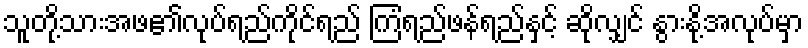
သူတို့သားအဖ၏လုပ်ရည်ကိုင်ရည် ကြံရည်ဖန်ရည်နှင့် ဆိုလျှင် နွားနို့အလုပ်မှာ